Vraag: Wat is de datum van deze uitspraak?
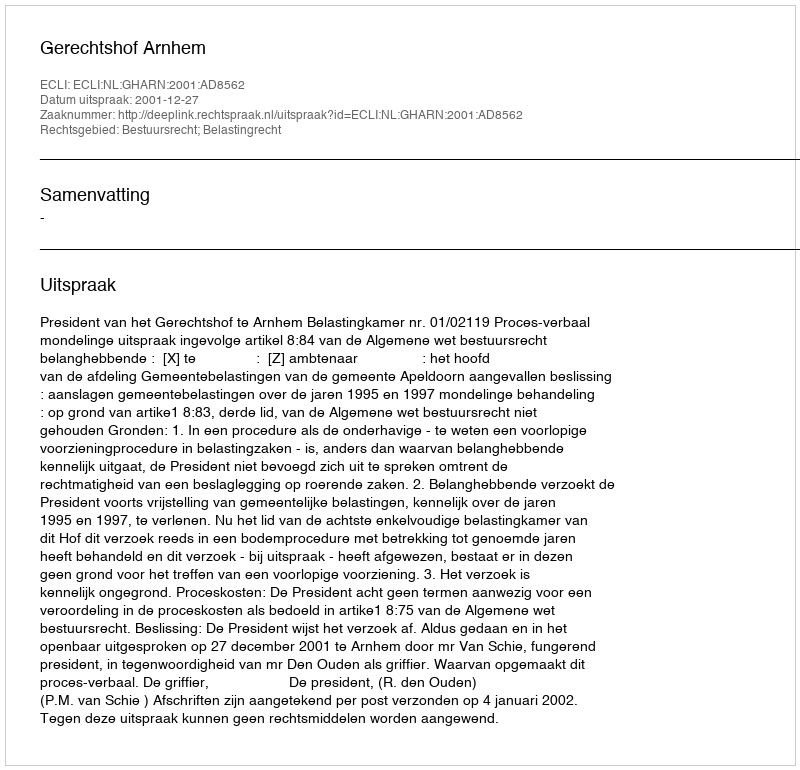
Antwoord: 2001-12-27